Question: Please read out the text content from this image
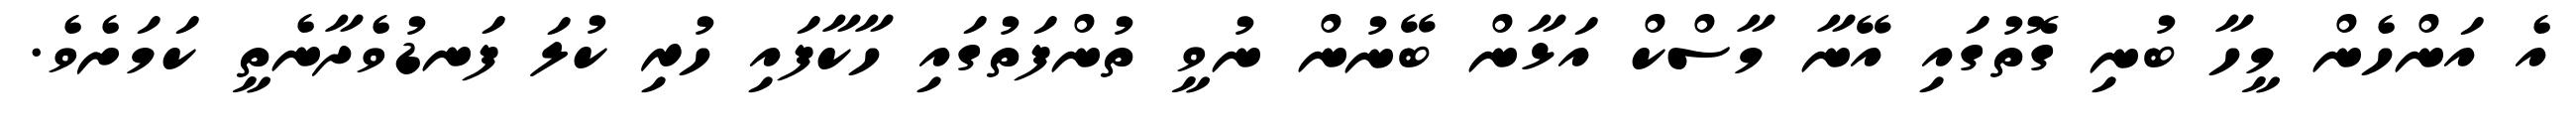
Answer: އެ އަންހެން މީހާ ބުނި ގޮތުގައި އޭނާ މާސްކް އަޅާން ބޭނުން ނުވީ ތުންފަތުގައި ހާކާފައި ހުރި ކުލަ ފަނޑުވެދާނެތީ ކަމަށެވެ.